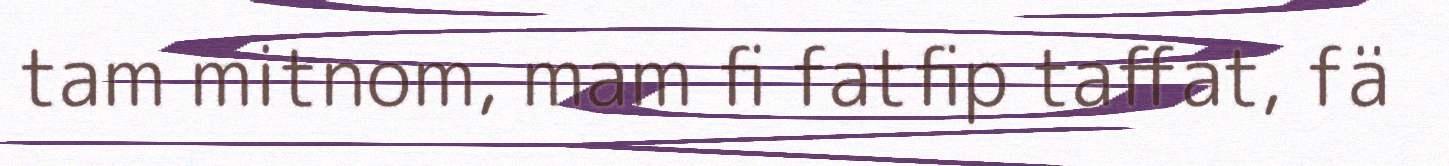
tam mitnom, mam fi fatfip taffat, fä